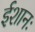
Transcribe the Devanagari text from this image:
ईशानः